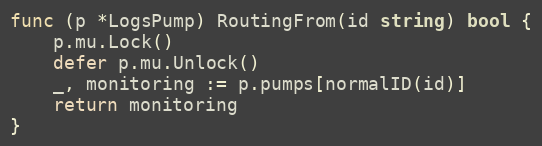
Language: Go
func (p *LogsPump) RoutingFrom(id string) bool {
	p.mu.Lock()
	defer p.mu.Unlock()
	_, monitoring := p.pumps[normalID(id)]
	return monitoring
}